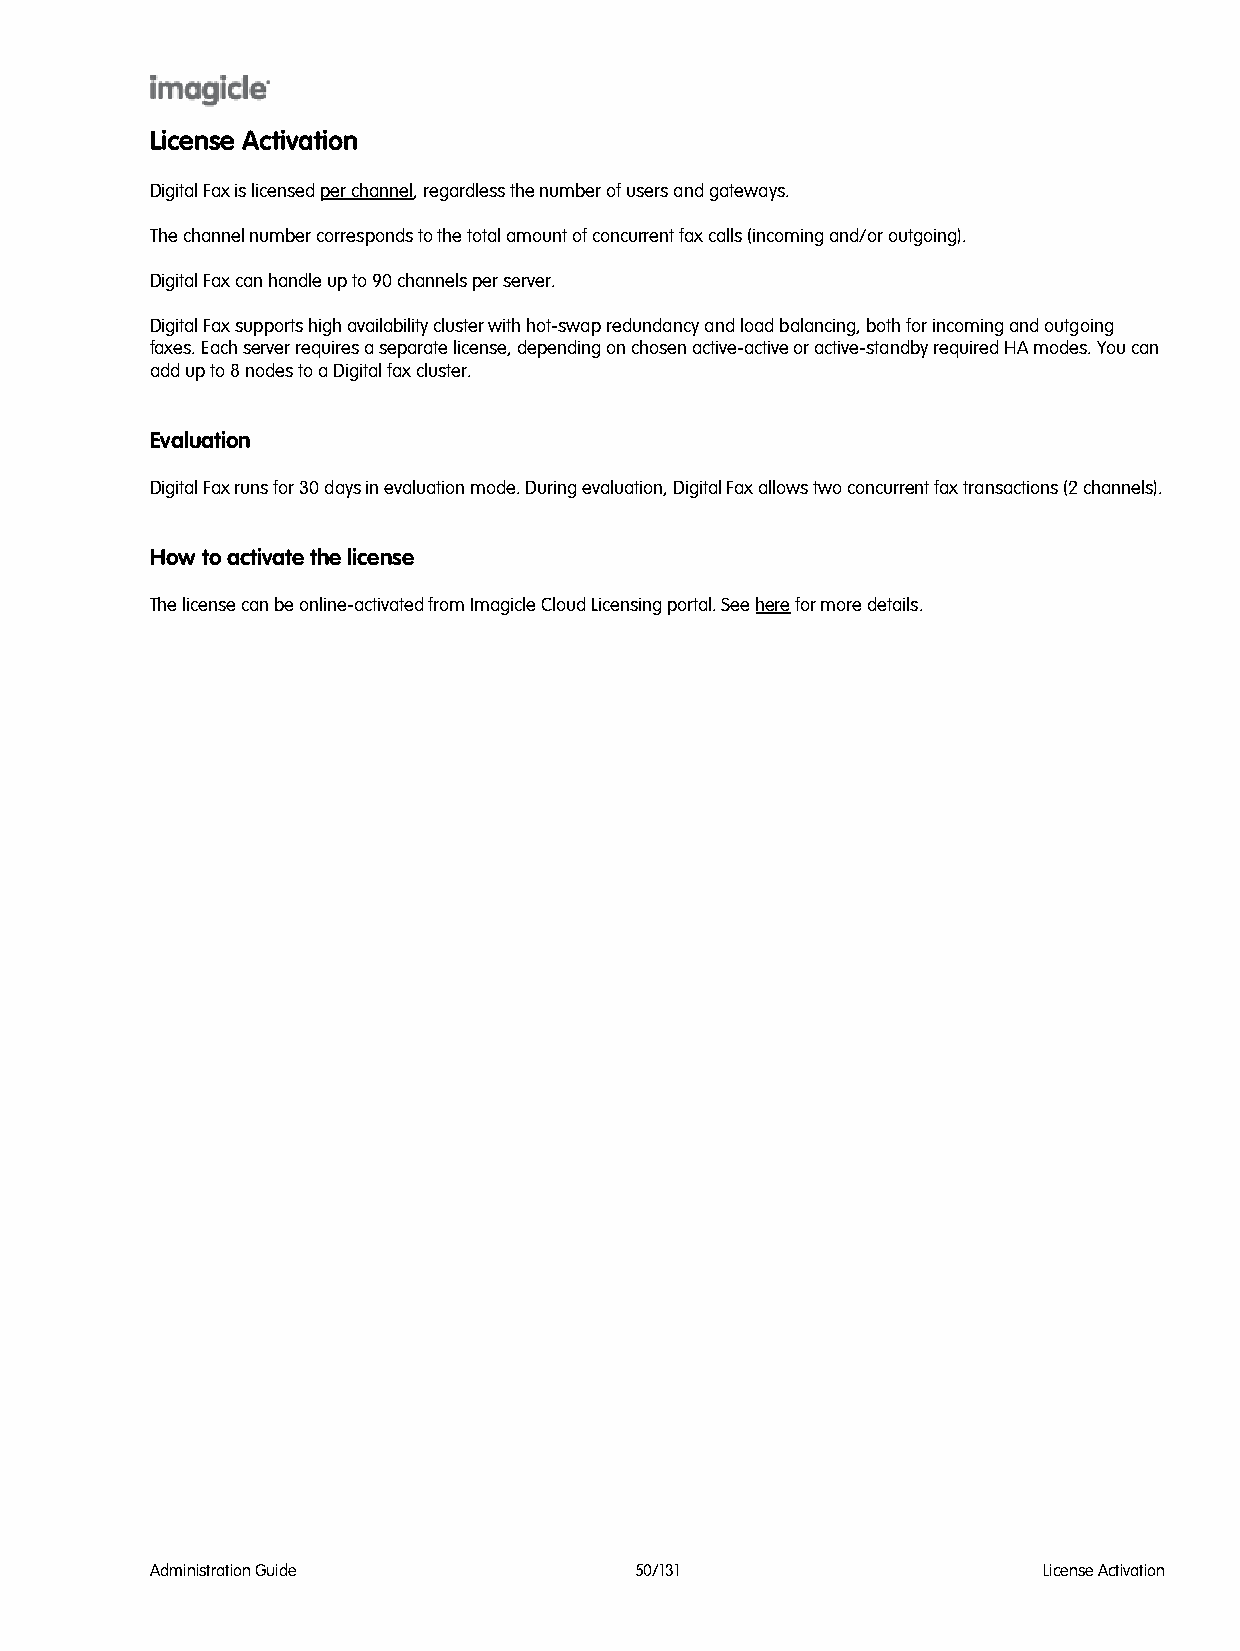
License Activation
 Digital Fax is licensed per channel, regardless the number of users and gateways.
 The channel number corresponds to the total amount of concurrent fax calls (incoming and/or outgoing).
 Digital Fax can handle up to 90 channels per server.
 Digital Fax supports high availability cluster with hot-swap redundancy and load balancing, both for incoming and outgoing
 faxes. Each server requires a separate license, depending on chosen active-active or active-standby required HA modes. You can
 add up to 8 nodes to a Digital fax cluster.
 Evaluation
 Digital Fax runs for 30 days in evaluation mode. During evaluation, Digital Fax allows two concurrent fax transactions (2 channels).
 How to activate the license
 The license can be online-activated from Imagicle Cloud Licensing portal. See here for more details.
 Administration Guide            50/131                     License Activation